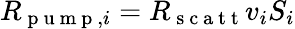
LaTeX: R_{\mathrm{~p~u~m~p~},i}=R_{\mathrm{~s~c~a~t~t~}}v_{i}S_{i}